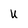
Character: u